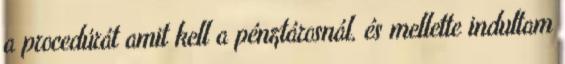
a procedúrát amit kell a pénztárosnál, és mellette indultam